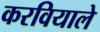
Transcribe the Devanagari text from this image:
करवियाले